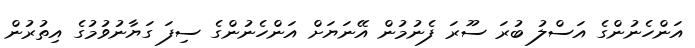
އަންހެނުންގެ އަސްލު ބުރަ ސޫރަ ފެނުމުން އޭނަޔަށް އަންހެނުންގެ ސިފަ ގަޔާނުވުމުގެ އިތުރުން